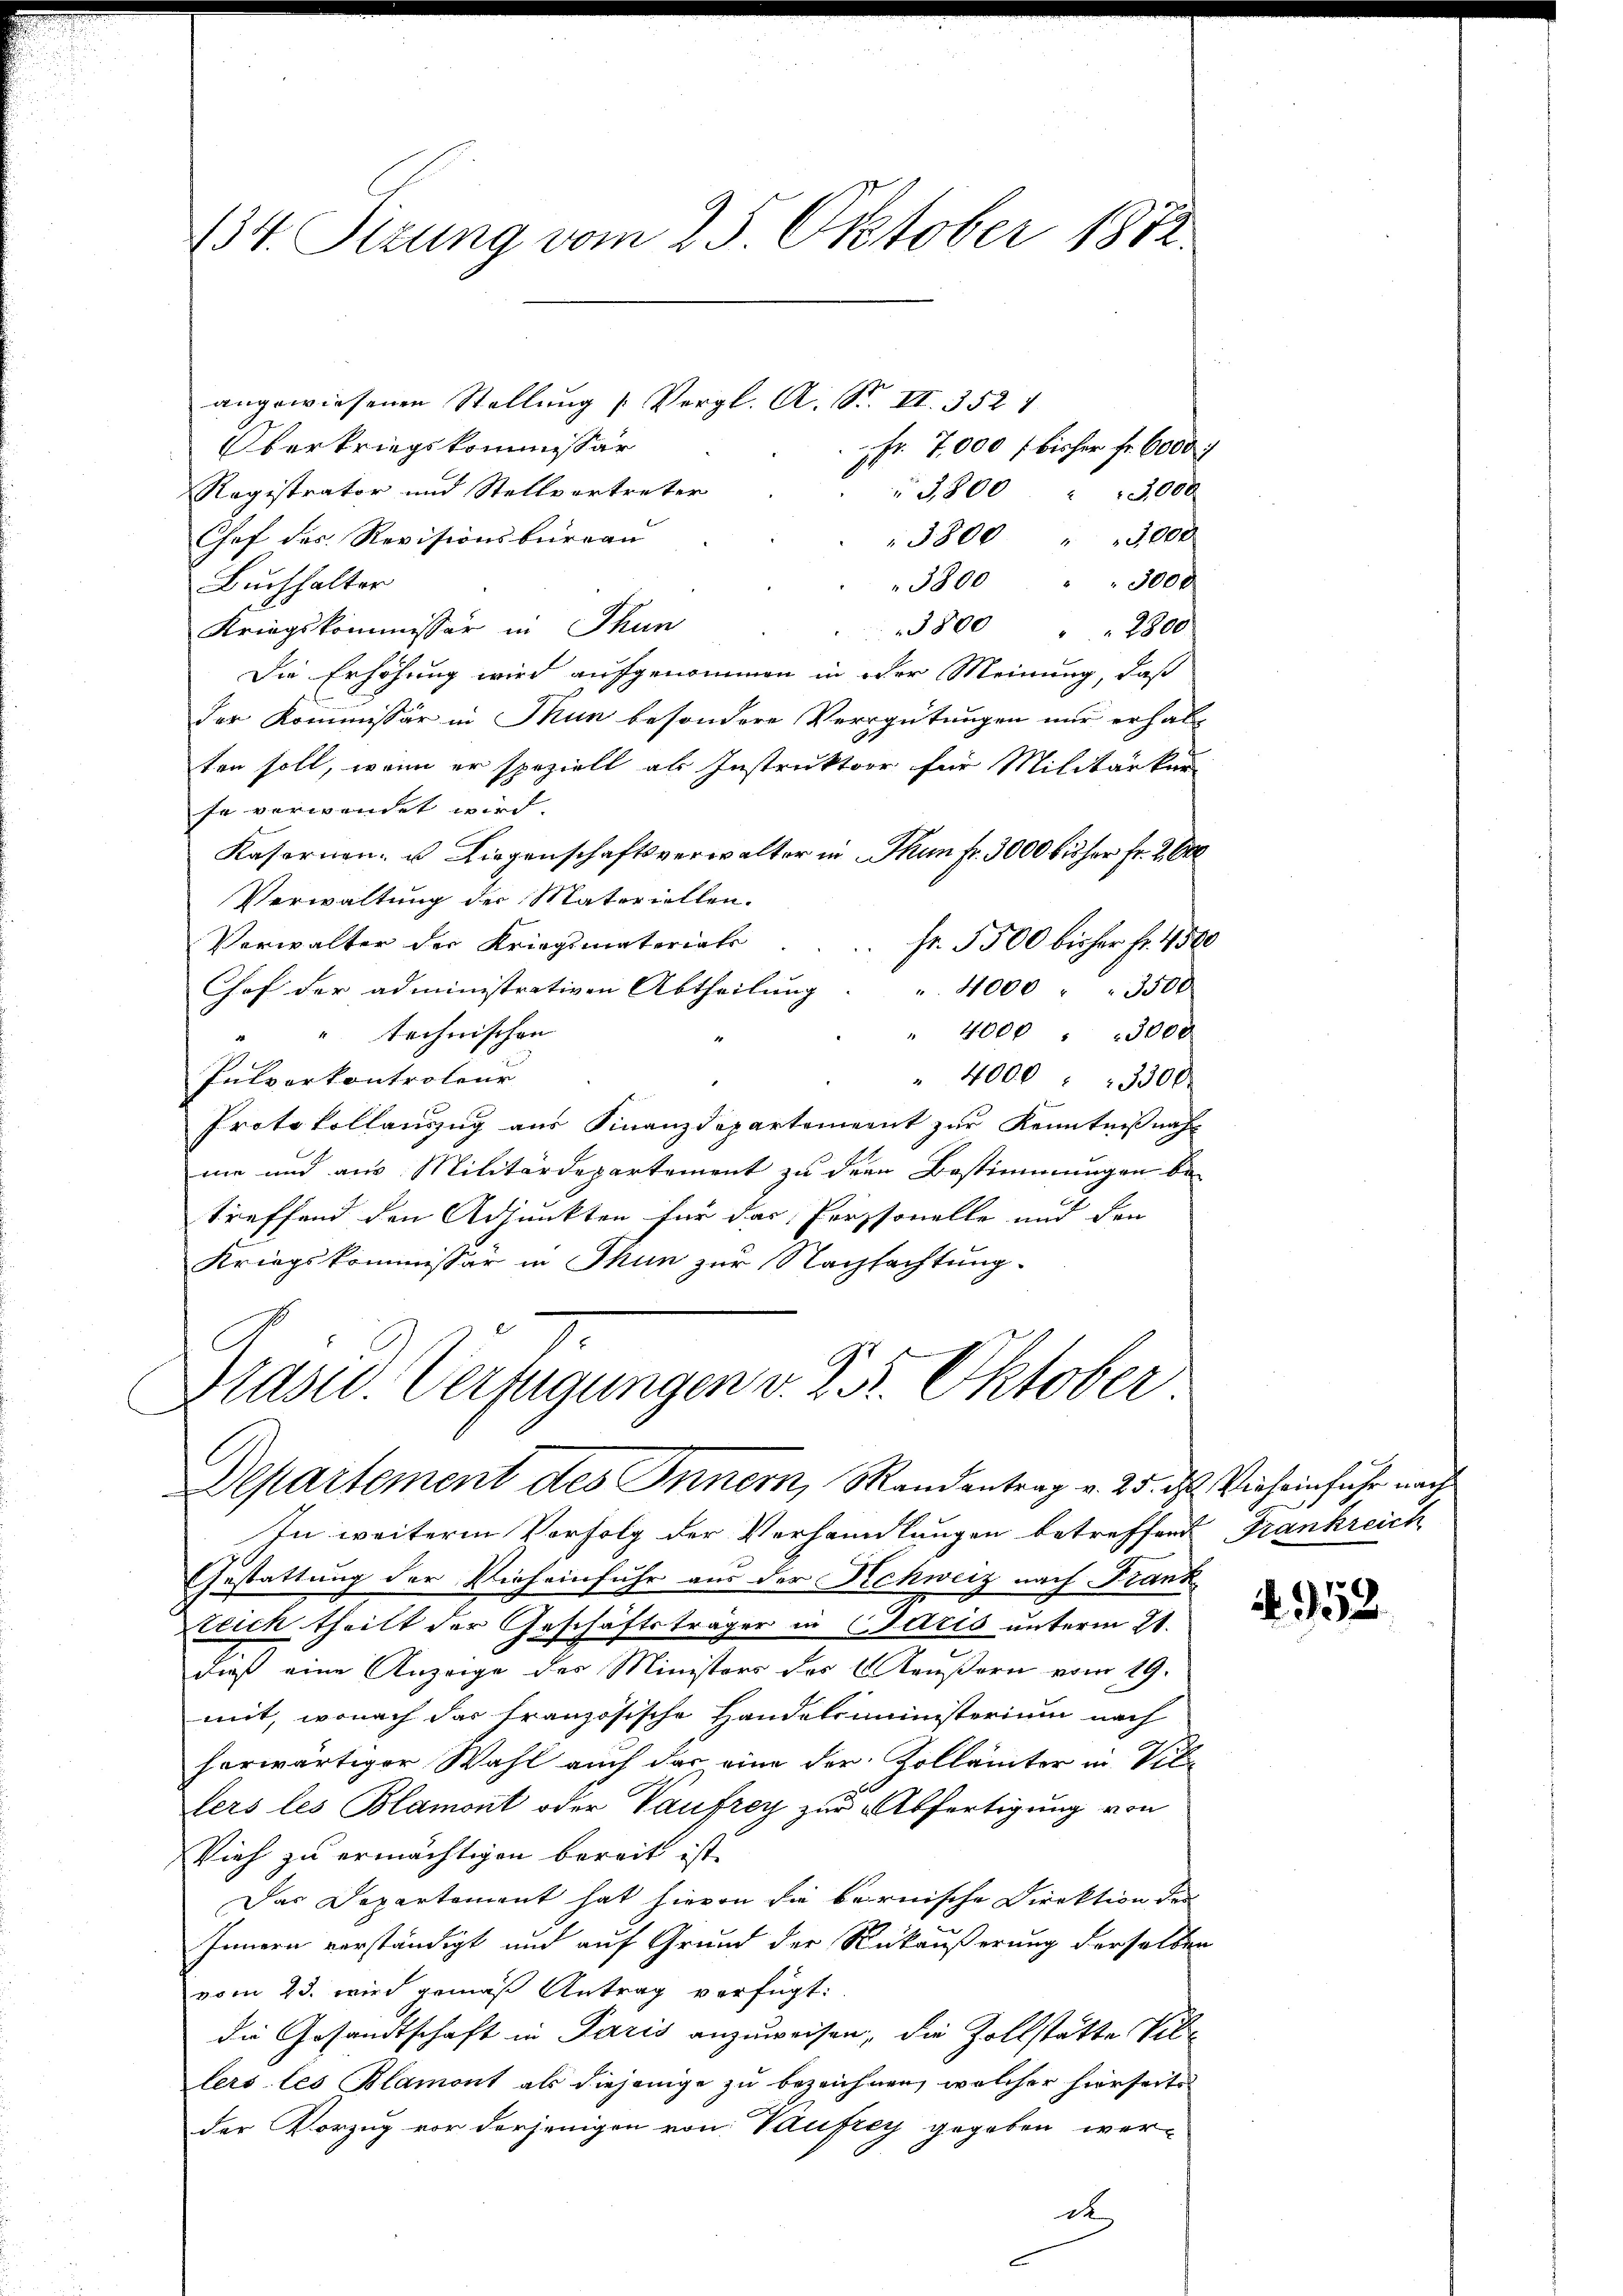
134. Stzung vom 25. Oktober 1872.

angewiesenen Stellung (Vergl. A. S. II. 352 1
Oberkriegskommissär
fr. 7,000 f bisher fr. 6000.
Ragistrator und Stellvertreter
3,800,000
Chof der Revisionsbüreau
3800 " " 3000
3800 " " 3000
Buchhalter
Kriegskommissär in Thun
3800 " " 2800
Die Erhöhung wird aufgenommen in oder Meinung, daß
der Kommissär in Thun besondere Vergütungen nur erhalten soll, wenn er speziell als Instruktor für Militärker
fe verwendet wird.
Kasernen- u. Liegenschaftsverwalter in Thun fr. 3000 bisher Fr. 2 0
Verwaltung der Materiellen.
Verwalter der Kriegsmateriats
fr. 5500 bisher Fr. 4500
Chof der administrativen Abtheilung " 4000 " " 3500
" technischen
" 4000. 3000
Pulverkontroleur
" 4000. 3300.
Protokollauszug aus Finanzdepartement zur Kenntnißnahme und aus Militärdepartement zu der Bestimmungen be-
treffend den Adjunkten für das Personelle und den
Kriegskommissär in Thun zur Nachsachtung.

Prast. Verfügungen v. 25. Oktober
Departement des Innern, Mandantrag v. 25. ds Vieh einfuhr nach

In weitere Verfolg der Verhandlungen betreffend Frankreich
Gestattung der Vieheinfuhr aus der Schweiz nach Frank
tlich theilt der Geschäftsträger in Caris unterm 21.
dieß eine Anzeige des Ministers des Aeußern vom 19.
mit, wonach das französische Handelsministerium nach
herwärtiger Wahl auch das eine der Zollämter in Vil
6
lers les Blamont oder Vaufrey zur Abfertigung von
Vieh zu ermächtigen bereit ist.
Das Departement hat hievon sie bernische Direktion des
Innern verständigt und auf Grund der Rückäußerung derselben
vom 23. wird gemäß Antrag verfügt:
die Gesandtschaft in Paris anzuweisen, die Zollstatte Villers les Blamont als diejenige zu bezeichnen, welcher hierseits
der Vorzug vor derjenigen von Vaufrey gegeben wer-
d

952.